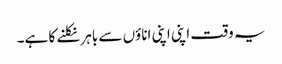
یہ وقت اپنی اپنی اناؤں سے باہر نکلنے کا ہے۔